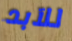
للآبد